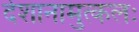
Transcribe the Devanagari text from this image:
देशानामुत्कलः